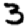
Digit: 3